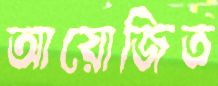
আয়োজিত